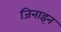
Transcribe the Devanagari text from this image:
जिनाइन